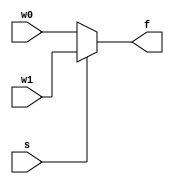
module mux2_64bit (w0,w1,s,f);
 input [63:0]w0, w1;
 input s;
 output [63:0]f;

 assign f=s ? w1 : w0;
endmodule